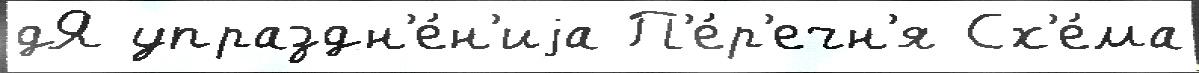
дЯ упраздн'е́н'иjа П'е́р'ечн'я Сх'е́ма